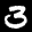
Label: 3